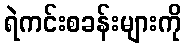
ရဲကင်းစခန်းများကို